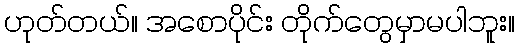
ဟုတ်တယ်။ အစောပိုင်း တိုက်တွေမှာမပါဘူး။